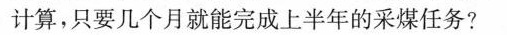
计算，只要几个月就能完成上半年的采煤任务?